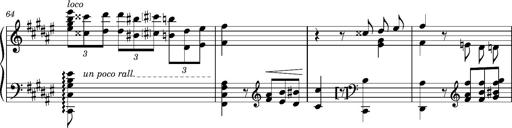
Title: Cavatine de Robert le Diable
Composer: Franz Liszt
Key: F-sharp minor